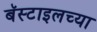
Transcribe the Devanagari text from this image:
बॅस्टाइलच्या